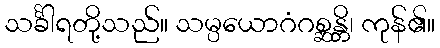
သင်္ခါရတို့သည်။ သမ္ပယောဂံဂစ္ဆန္တိ၊ ကုန်၏။